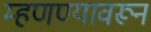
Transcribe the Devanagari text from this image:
म्हणण्यावरून